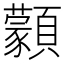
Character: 𩕱